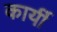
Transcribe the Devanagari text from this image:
कार्यी